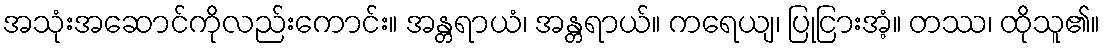
အသုံးအဆောင်ကိုလည်းကောင်း။ အန္တရာယံ၊ အန္တရာယ်။ ကရေယျ၊ ပြုငြားအံ့။ တဿ၊ ထိုသူ၏။